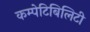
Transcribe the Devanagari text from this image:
कम्पेटिबिलिटी